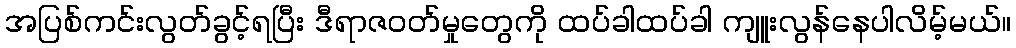
အပြစ်ကင်းလွတ်ခွင့်ရပြီး ဒီရာဇဝတ်မှုတွေကို ထပ်ခါထပ်ခါ ကျူးလွန်နေပါလိမ့်မယ်။